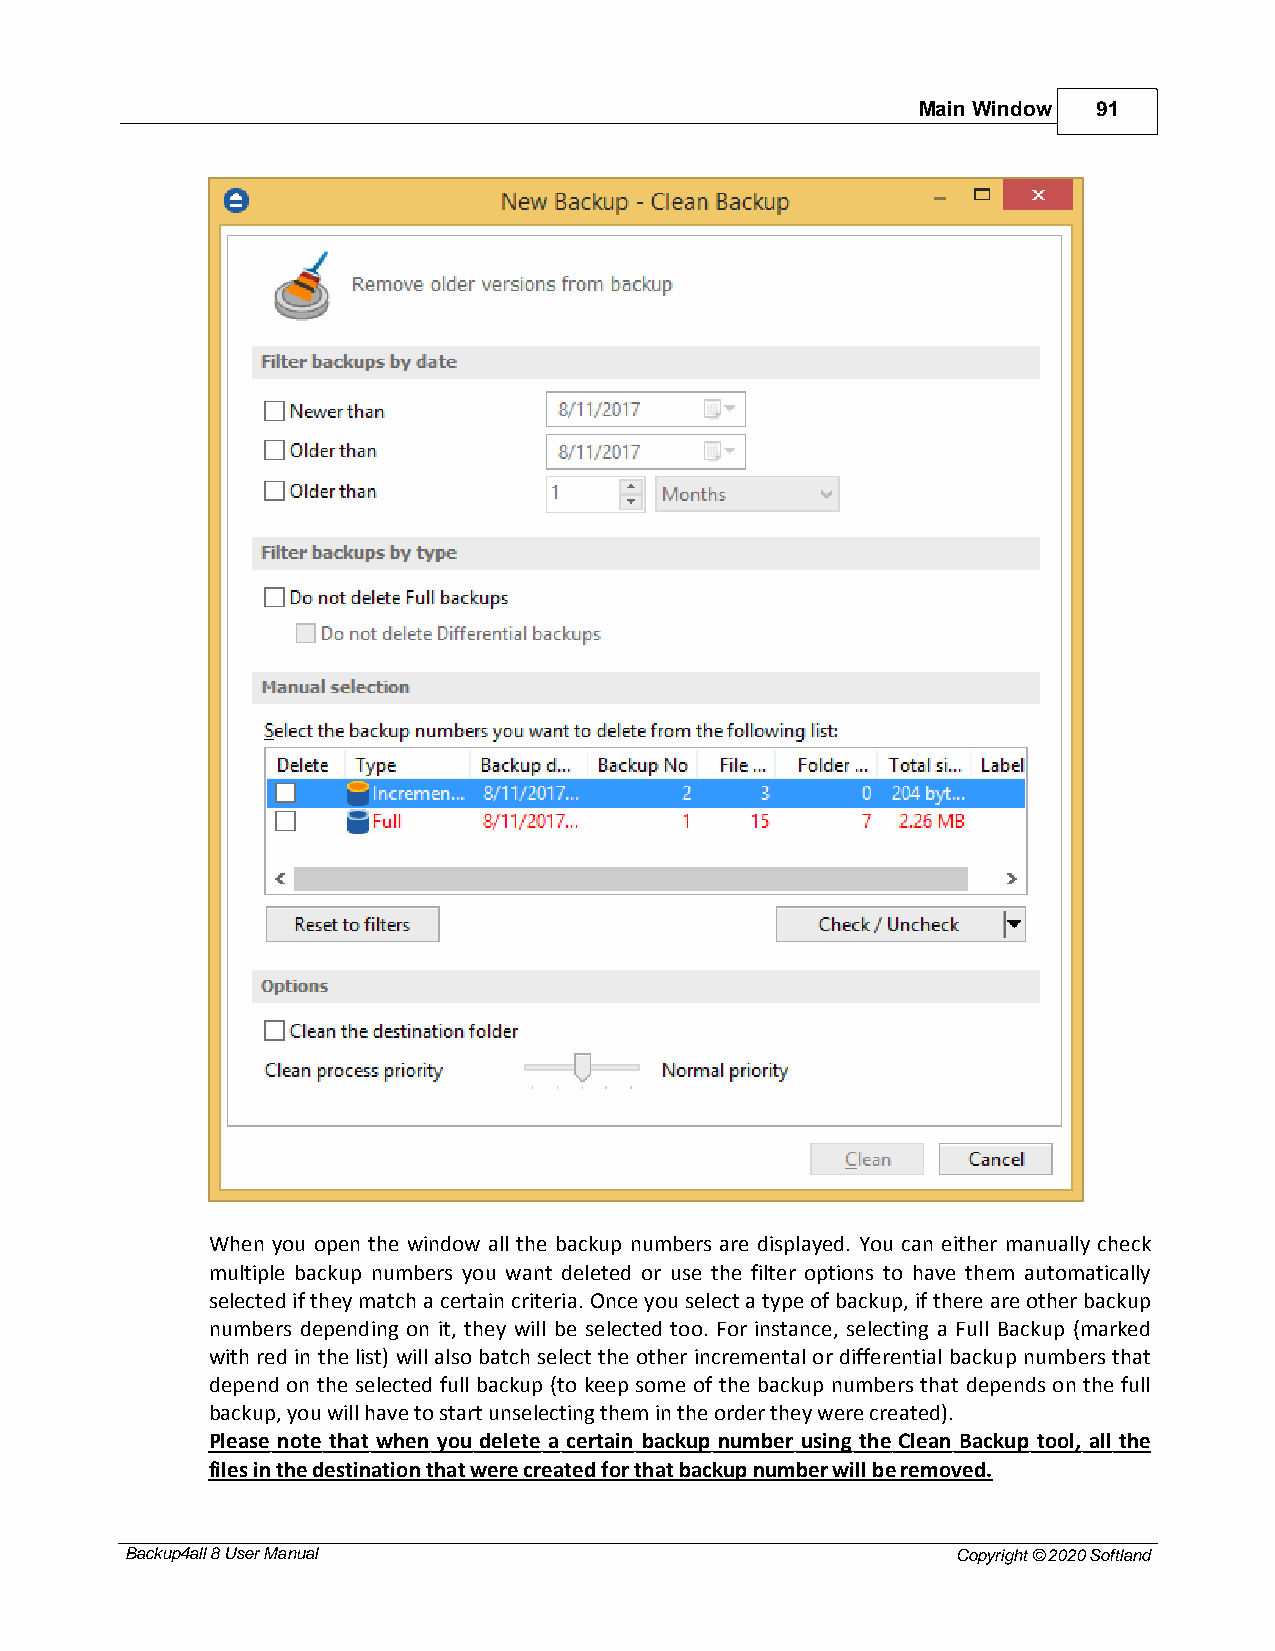
Main Window 91
 When you open the window all the backup numbers are displayed. You can either manually check
 multiple backup numbers you want deleted or use the filter options to have them automatically
 selected if they match a certain criteria. Once you select a type of backup, if there are other backup
 numbers depending on it, they will be selected too. For instance, selecting a Full Backup (marked
 with red in the list) will also batch select the other incremental or differential backup numbers that
 depend on the selected full backup (to keep some of the backup numbers that depends on the full
 backup, you will have to start unselecting them in the order they were created).
 Please note that when you delete a certain backup number using the Clean Backup tool, all the
 files in the destination that were created for that backup number will be removed.
 Backup4all 8 User Manual                               Copyright © 2020 Softland